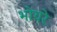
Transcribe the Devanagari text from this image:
भोयरे